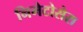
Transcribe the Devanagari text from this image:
निमेटोसेरा